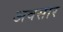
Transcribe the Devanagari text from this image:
अवसार